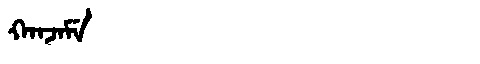
Manchu: ᡴᠠᠨᠵᠠᠮᡝ
Romanization: KANJAME